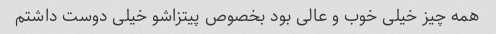
همه چیز خیلی خوب و عالی بود بخصوص پیتزاشو خیلی دوست داشتم